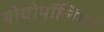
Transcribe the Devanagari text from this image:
बोयोपॉलिमर